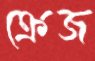
ক্রেজ